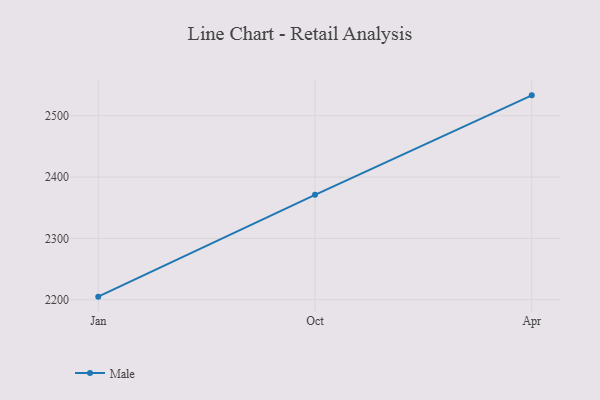
{"axis": {"x": "Month", "y": "Population (Million)"}, "legend": ["Male"], "data": [{"x": "Jan", "y": 2205.0, "type": "Male"}, {"x": "Oct", "y": 2371.1, "type": "Male"}, {"x": "Apr", "y": 2533.3, "type": "Male"}]}